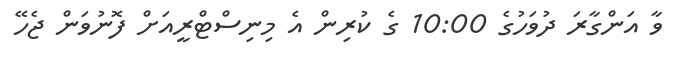
ވާ އަންގާރަ ދުވަހުގެ 10:00 ގެ ކުރިން އެ މިނިސްޓްރީއަށް ފޮނުވަން ޖެހޭ